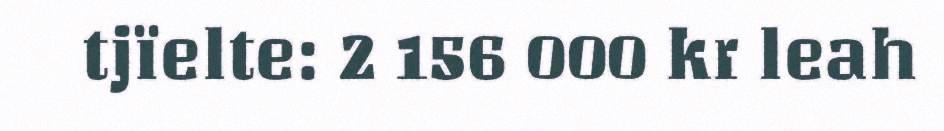
tjïelte: 2 156 000 kr leah